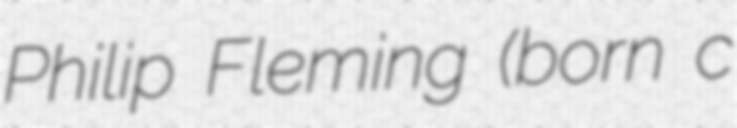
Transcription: Philip Fleming (born c